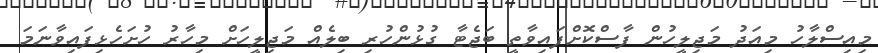
މިއިސްލާހު މިއަދު މަޖިލީހުން ފާސްކޮށްފައިވާތީ ބަޖެޓާ ގުޅުންހުރި ބިލެއް މަޖިލީހަށް މިހާރު ހުށަހެޅިފައިވާނަމަ